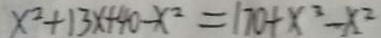
x ^ { 2 } + 1 3 x + 4 0 - x ^ { 2 } = 1 7 0 + x ^ { 2 } - x ^ { 2 }